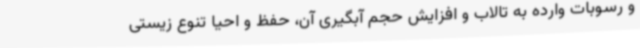
و رسوبات وارده به تالاب و افزایش حجم آبگیری آن، حفظ و احیا تنوع زیستی